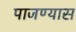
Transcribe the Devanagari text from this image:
पाजण्यास